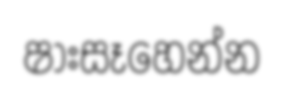
ෂාඃසෑහෙන්න